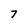
Character: 7